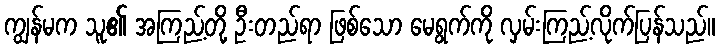
ကျွန်မက သူ၏ အကြည့်တို့ ဦးတည်ရာ ဖြစ်သော မေရွက်ကို လှမ်းကြည့်လိုက်ပြန်သည်။